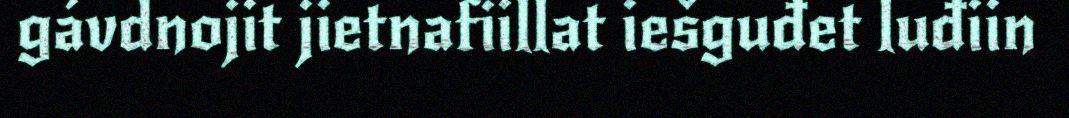
gávdnojit jietnafiillat iešguđet luđiin